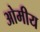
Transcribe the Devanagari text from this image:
ओमीय